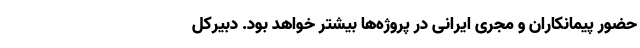
حضور پیمانکاران و مجری ایرانی در پروژه‌ها بیشتر خواهد بود. دبیرکل